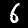
Label: 6